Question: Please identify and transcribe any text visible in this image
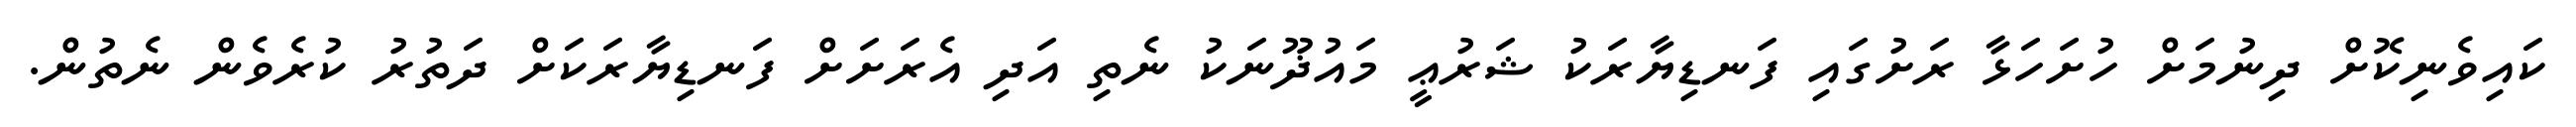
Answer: ކައިވެނިކޮށް ދިނުމަށް ހުށަހަޅާ ރަށުގައި ފަނޑިޔާރަކު ޝަރުޢީ މައުޛޫނަކު ނެތި އަދި އެރަށަށް ފަނޑިޔާރަކަށް ދަތުރު ކުރެވެން ނެތުން.